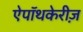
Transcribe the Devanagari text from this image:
ऐपॉथकेरीज़